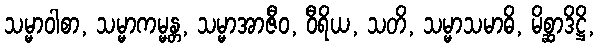
သမ္မာဝါစာ, သမ္မာကမ္မန္တ, သမ္မာအာဇီဝ, ဝီရိယ, သတိ, သမ္မာသမာဓိ, မိစ္ဆာဒိဋ္ဌိ,